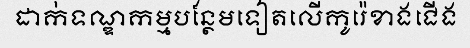
ដាក់ទណ្ឌកម្មបន្ថែមទៀតលើកូរ៉េខាងជើង